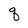
Character: q